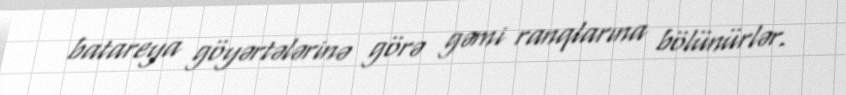
batareya göyərtələrinə görə gəmi ranqlarına bölünürlər.